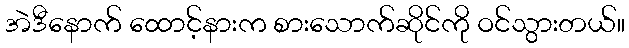
အဲဒီနောက် ထောင့်နားက စားသောက်ဆိုင်ကို ဝင်သွားတယ်။